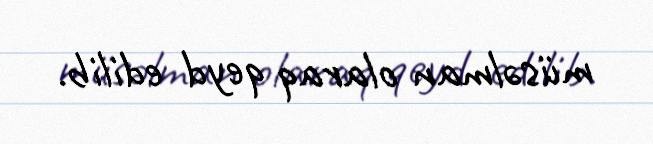
müsəlman olaraq qeyd edilib.